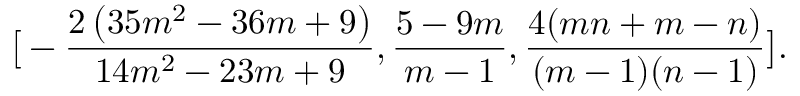
\big [ - \frac { 2 \left( 3 5 m ^ { 2 } - 3 6 m + 9 \right) } { 1 4 m ^ { 2 } - 2 3 m + 9 } , \frac { 5 - 9 m } { m - 1 } , \frac { 4 ( m n + m - n ) } { ( m - 1 ) ( n - 1 ) } \big ] .